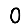
Digit: 0